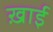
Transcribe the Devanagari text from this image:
ख़ाई